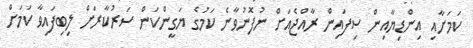
ކަމަށާއި އިންޑިޔާއިން ސިފައިން ރާއްޖެއަށް ނުފޮނުވާނެ ކަމުގެ ޔަގީންކަން ސަރުކާރަށް ލިބިފައިވާ ކަމަށް